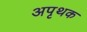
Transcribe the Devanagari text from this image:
अपृथक